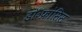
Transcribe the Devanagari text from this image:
डॉ॰फ्रांसिस